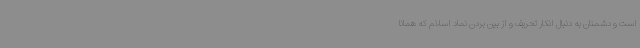
است و دشمنان به دنبال انکار تحریف و از بین بردن نماد اسلام که همانا